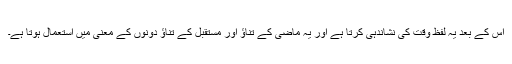
اس کے بعد یہ لفظ وقت کی نشاندہی کرتا ہے اور یہ ماضی کے تناؤ اور مستقبل کے تناؤ دونوں کے معنی میں استعمال ہوتا ہے۔